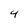
Character: 4